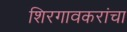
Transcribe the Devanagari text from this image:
शिरगावकरांचा